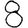
Digit: 8